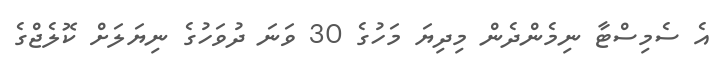
އެ ސެމިސްޓާ ނިމެންދެން މިދިޔަ މަހުގެ 30 ވަނަ ދުވަހުގެ ނިޔަލަށް ކޮލެޖްގެ